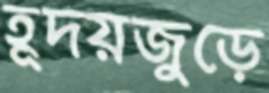
হূদয়জুড়ে